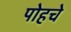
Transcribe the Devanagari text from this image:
पोहचे